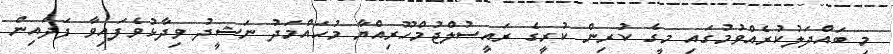
މި ބައްދަލުކުރެއްވުމުގައި މީގެ ކުރިން ކުރީގެ ރައީސުލްޖުމްހޫރިއްޔާ މުހައްމަދު ނަޝީދު ވިދާޅުވެފައިވާ ފަދައިން